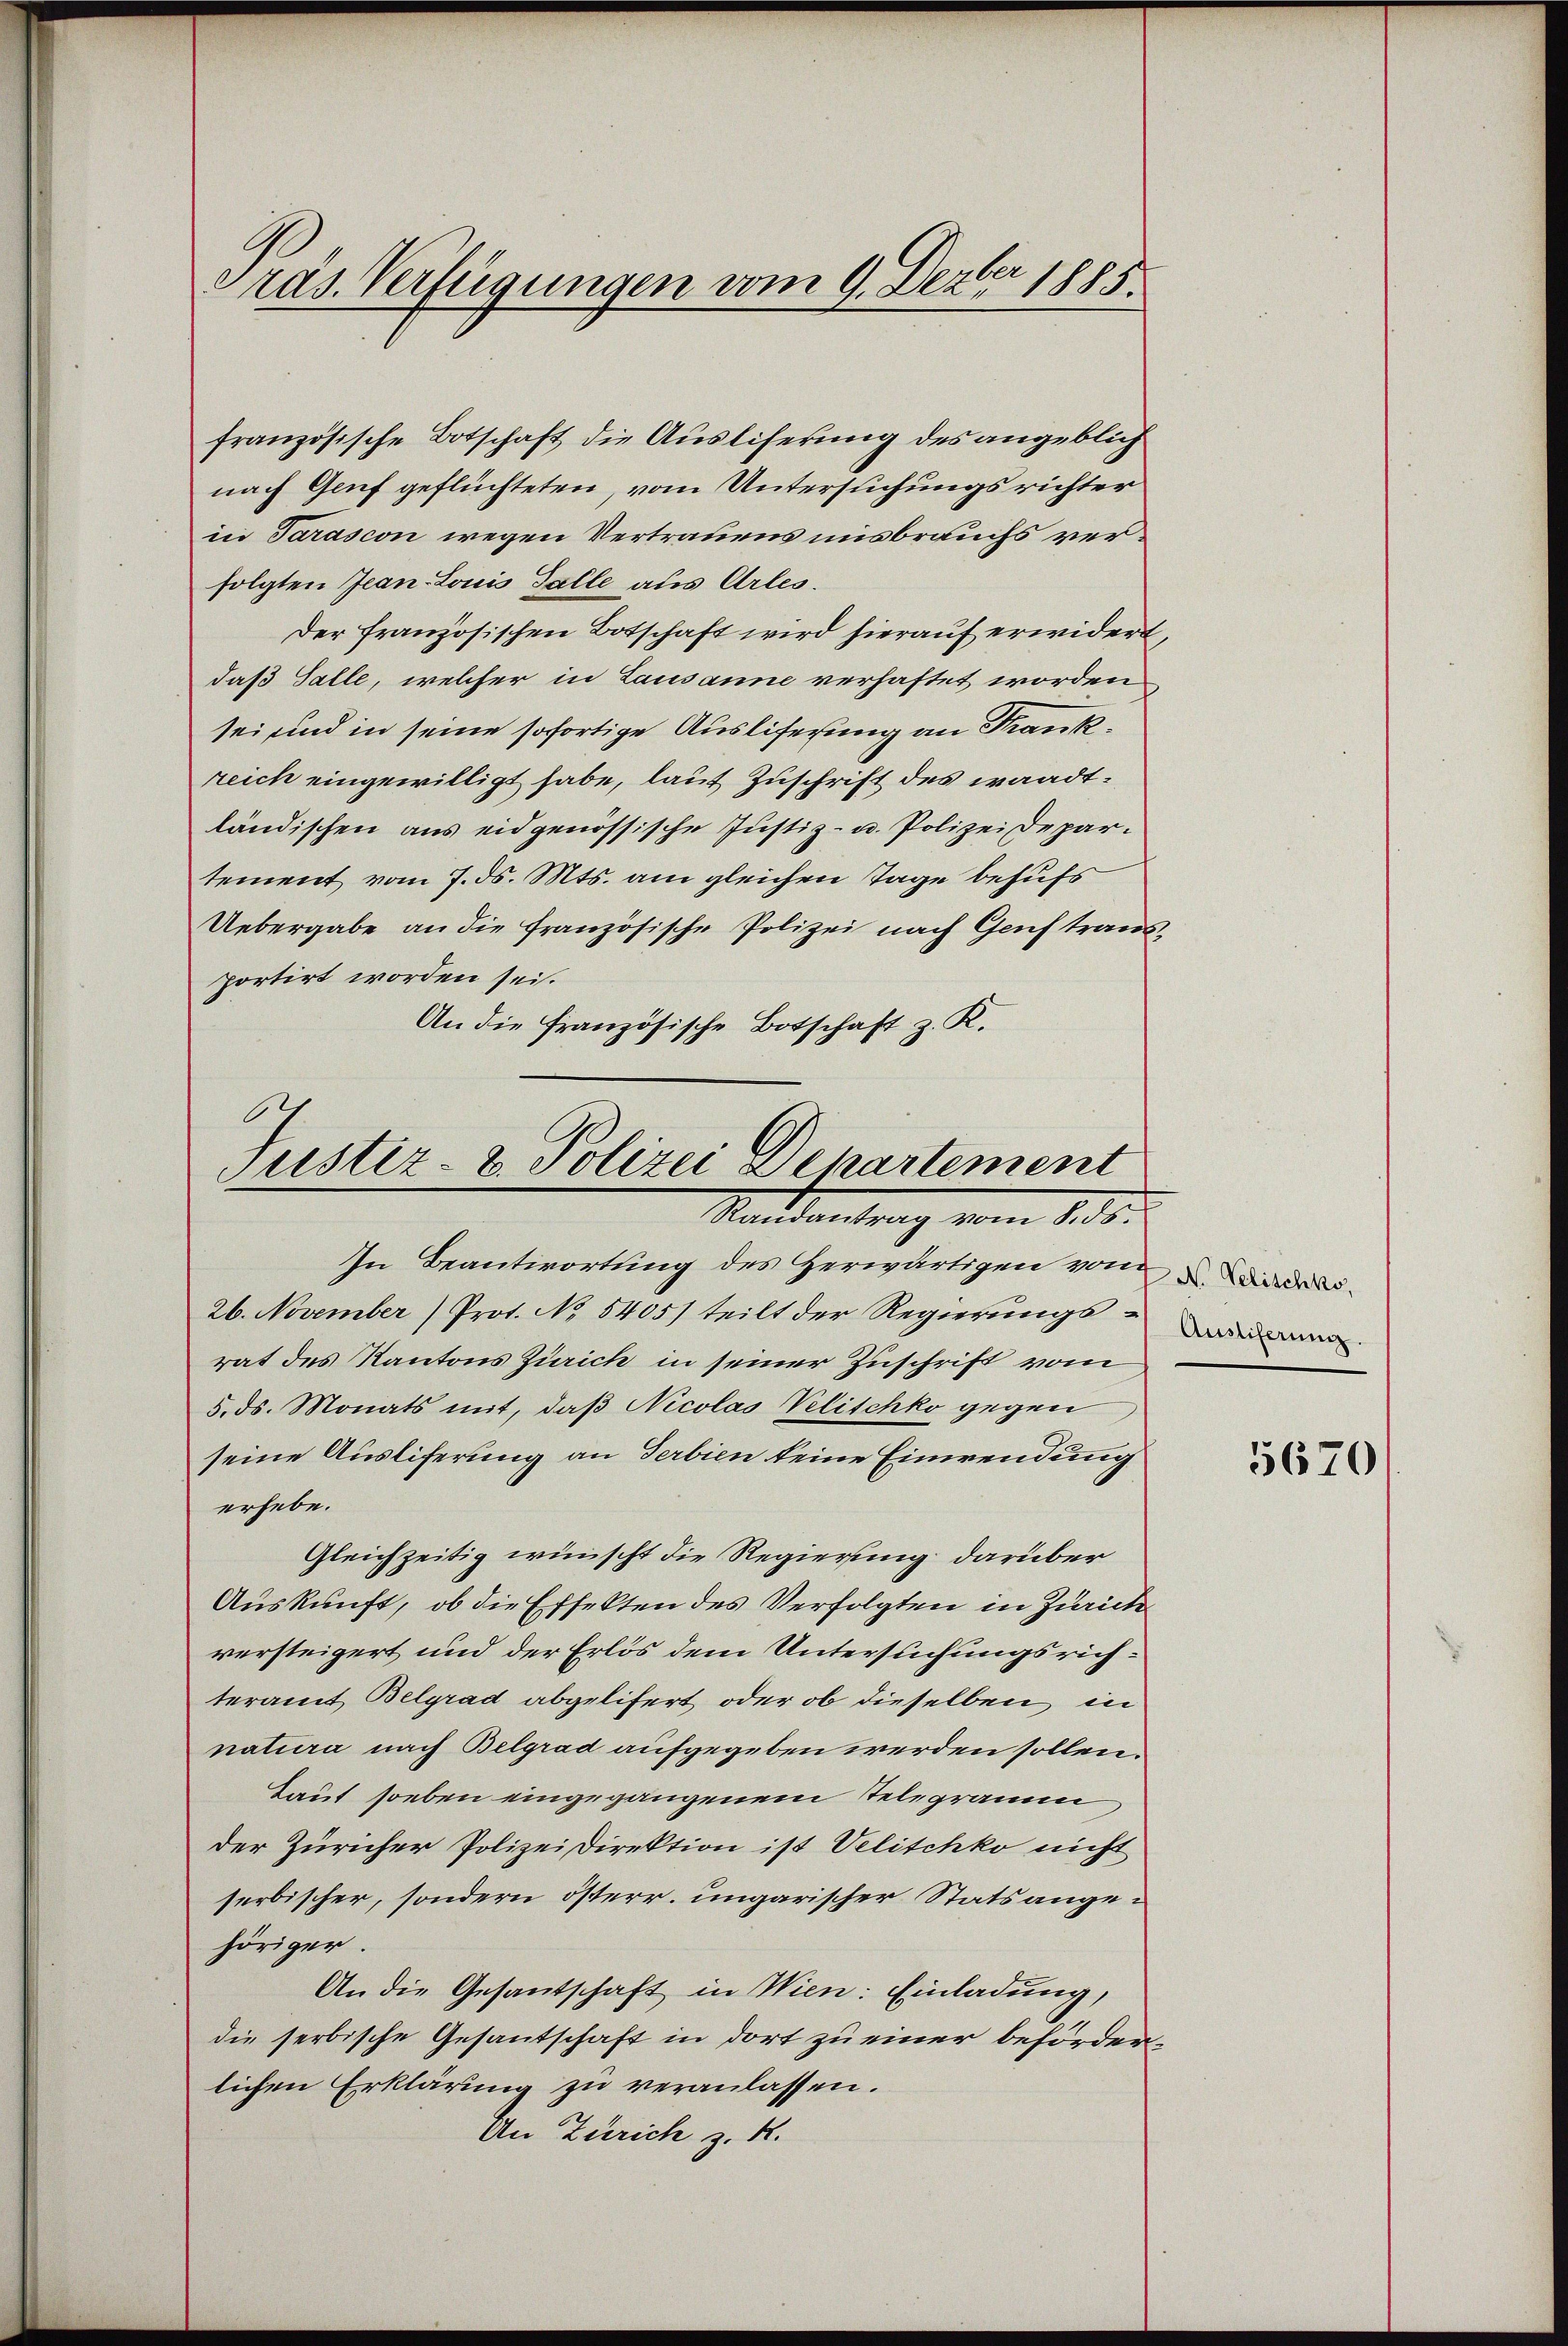
Präs. Verfügungen vom 9. Dezber 1885.

französische Botschaft die Ausliferung des angeblich
nach Genf geflüchteten, vom Untersuchungsrichter
in Tarascon wegen Vertrauens misbrauchs verfolgten Jean Louis Falle aus Arles.
Der französischen Botschaft wird hierauf erwidert,
daß Salle, welcher in Lausanne verhaftet worden
sei und in seine sofortige Ausliferung an Krankreich eingewilligt habe, laut Zuschrift des waadtländischen aus eidgenössische Justiz- u. Polizei Departement vom 7. ds. Mts. am gleichen Tage behufs
Uebergabe an die französische Polizei nach Genf traus
portirt worden sei.
An die französische Botschaft z. K.

4
Justiz- & Polizei Departement
Mandantrag vom 1 de

In Beantwortung des Herwärtigen von der
26. November) Prot. No 5405/ teilt der Regierungs-
rat des Kantons Zürich in seiner Zuschrift vom
5. ds. Monats mit, daß Nicolas Velischko gegen
seine Auslieferung an Serbien keine Einwendung
erhebe.
Gleichzeitig wünscht die Regierung darüber
Auskunft, ob die Effekten des Verfolgten in Zürich
versteigert und der Erlös dem Untersuchungsrichteramt Belgrad abgelifert oder ob dieselben in
natura nach Belgrad aufgegeben werden sollen.
Laut soeben eingegangenem Telegramm
der Züricher Polizeidirektion ist Velischko nicht
serbischer, sondern österr. ungarischer Stats angehöriger.
An die Gesantschaft in Wien: Einladung,
die serbische Gesantschaft in dort zu einer beförderlichen Erklärung zu veranlassen.
An Zürich z. R.

5670